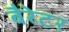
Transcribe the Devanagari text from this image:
बैरेटर